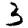
Digit: 3